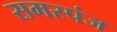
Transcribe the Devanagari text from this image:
समस्पंज